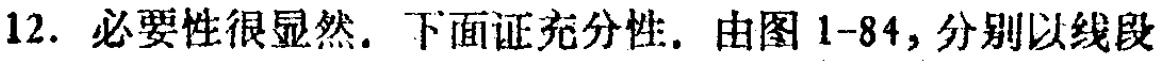
12. 必要性很显然. 下面证充分性. 由图 1-84, 分别以线段